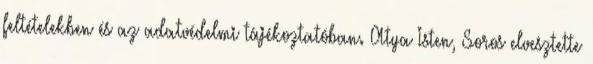
feltételekben és az adatvédelmi tájékoztatóban. Atya Isten, Soros elvesztette